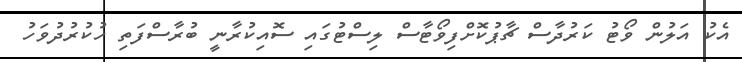
އެކު އަލުން ވޯޓު ކަރުދާސް ޗާޕުކޮށްފިވޯޓާސް ލިސްޓުގައި ސޮއިކުރާނީ ބުރާސްފަތި ހުކުރުދުވަހު